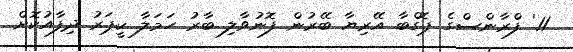
11' ފްރާންސްގެ ޕޮގްބާ އޭރިޔާ ބޭރުން ފޮނުވާލި ބާރު ހަމަލާ ކީޕަރު ދިފާއުކޮށް